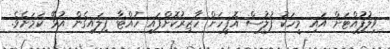
ވިލުފުއްޓަށް އައި މީހަކު ފުލުސް އޮފީހަށް ހާޒިރުކޮށްފައި ހުއްޓާ ފިލައިގެން އުޅޭ ކަމަށެވެ.